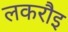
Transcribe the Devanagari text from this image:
लकरौइ